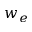
w _ { e }